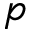
p